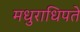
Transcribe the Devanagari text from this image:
मधुराधिपते